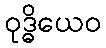
ဝုဒ္ဓိယေဝ